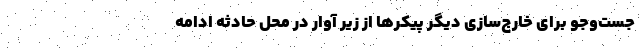
جست‌وجو برای خارج‌سازی دیگر پیکرها از زیر آوار در محل حادثه ادامه